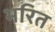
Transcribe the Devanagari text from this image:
भरित